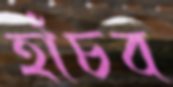
হাঁচব